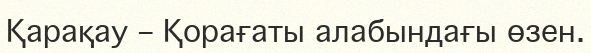
Қарақау – Қорағаты алабындағы өзен.